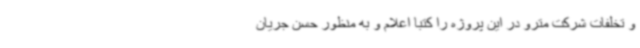
و تخلفات شرکت مترو در این پروژه را کتبا اعلام و به منظور حسن جریان